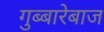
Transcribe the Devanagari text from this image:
गुब्बारेबाज